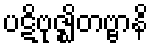
ပဋိဗုဇ္ဈိတဗ္ဗာနိ